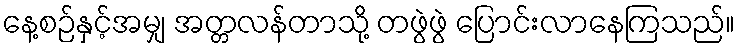
နေ့စဉ်နှင့်အမျှ အတ္တလန်တာသို့ တဖွဲဖွဲ ပြောင်းလာနေကြသည်။